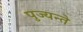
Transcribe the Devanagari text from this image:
पुज्यन्ते